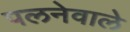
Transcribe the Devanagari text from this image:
पलनेवाले